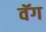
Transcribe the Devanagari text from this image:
वॅग